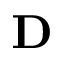
\mathbf { D }